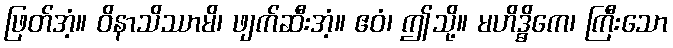
ဖြတ်အံ့။ ဝိနာသိဿာမိ၊ ဖျက်ဆီးအံ့။ ဧဝံ၊ ဤသို့။ မဟိဒ္ဓိကေ၊ ကြီးသော